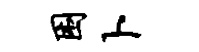
困卜